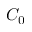
C _ { 0 }